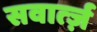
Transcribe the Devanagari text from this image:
सवार्त्ज़